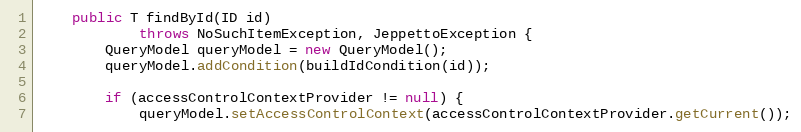
Language: Java
    public T findById(ID id)
            throws NoSuchItemException, JeppettoException {
        QueryModel queryModel = new QueryModel();
        queryModel.addCondition(buildIdCondition(id));

        if (accessControlContextProvider != null) {
            queryModel.setAccessControlContext(accessControlContextProvider.getCurrent());